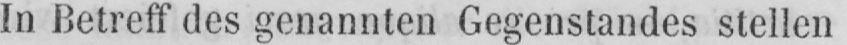
In Betreff des genannten Gegenstandes stellen